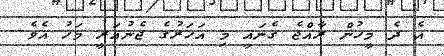
އެ ދެ މީހުން ރާއްޖެ ގެނައީ މި އަހަރުގެ ޖެނުއަރީ މަހު އެވެ.